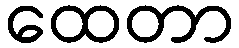
ထေတာ